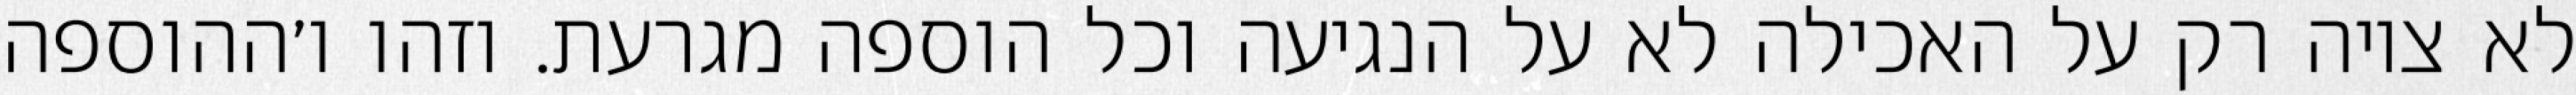
לא ציוה רק על האכילה לא על הנגיעה וכל הוספה מגרעת. וזהו ו׳ההוספה